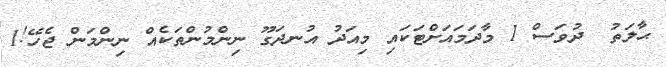
ޙާލަތު  ދުވަސް 1 މާދަމައަށްޓަކައި މިއަދު އުނދަގޫ ނިންމުންތަކެއް ނިންމަން ޖެހޭ!1